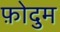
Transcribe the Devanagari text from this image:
फ़ोदुम